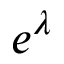
e ^ { \lambda }